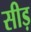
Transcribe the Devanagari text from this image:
सीड़